Civil Veterinary Department. Madras. Admin. report 1910-25 - 1910-1925
Year: 1910
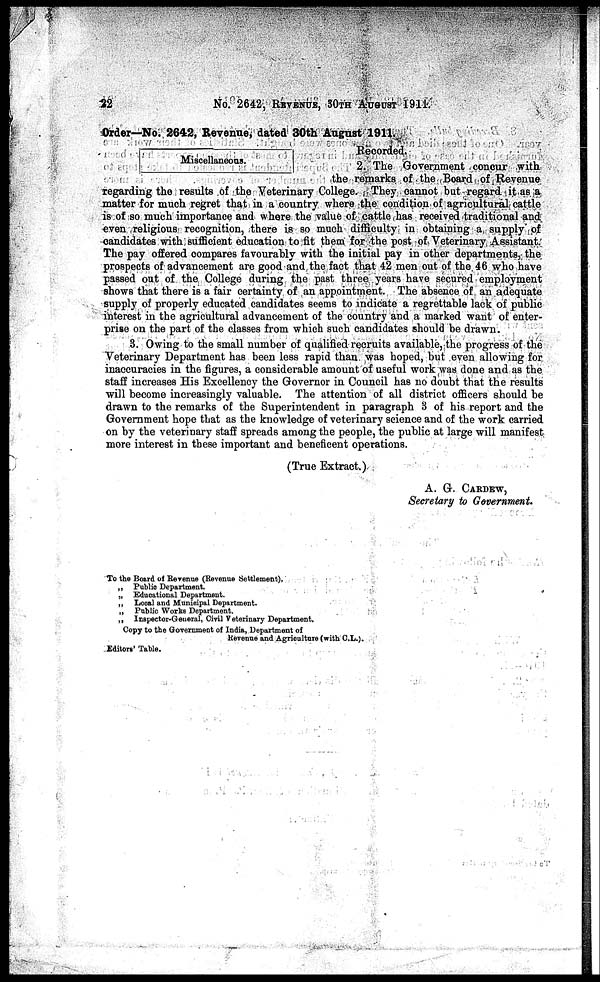
22
No. 2642, REVENUE, 30TH AUGUST 1911.
Order—No. 2642, Revenue, dated 30th August 1911.
Miscellaneous.
Recorded.
2. The Government concur with
the remarks of the Board of Revenue
regarding the results of the Veterinary College. They cannot but regard it as a
matter for much regret that in a country where the condition of agricultural cattle
is of so much importance and where the value of cattle has received traditional and
even religious recognition, there is so much difficulty in obtaining a supply of
candidates with sufficient education to fit them for the post of Veterinary Assistant.
The pay offered compares favourably with the initial pay in other departments, the
prospects of advancement are good and the fact that 42 men out of the 46 who have
passed out of the College during the past three years have secured employment
shows that there is a fair certainty of an appointment. The absence of an adequate
supply of properly educated candidates seems to indicate a regrettable lack of public
interest in the agricultural advancement of the country and a marked want of enter-
prise on the part of the classes from which such candidates should be drawn.
3. Owing to the small number of qualified recruits available, the progress of the
Veterinary Department has been less rapid than was hoped, but even allowing for
inaccuracies in the figures, a considerable amount of useful work was done and as the
staff increases His Excellency the Governor in Council has no doubt that the results
will become increasingly valuable. The attention of all district officers should be
drawn to the remarks of the Superintendent in paragraph 3 of his report and the
Government hope that as the knowledge of veterinary science and of the work carried
on by the veterinary staff spreads among the people, the public at large will manifest
more interest in these important and beneficent operations.
(True Extract.)
A. G. CARDEW,
Secretary to Government.
To the Board of Revenue (Revenue Settlement).
„ Public Department.
„ Educational Department.
„ Local and Municipal Department.
„ Public Works Department.
„ Inspector-General. Civil Veterinary Department.
Copy to the Government of India, Department of
Revenue and Agriculture (with C.L.).
Editors' Table.